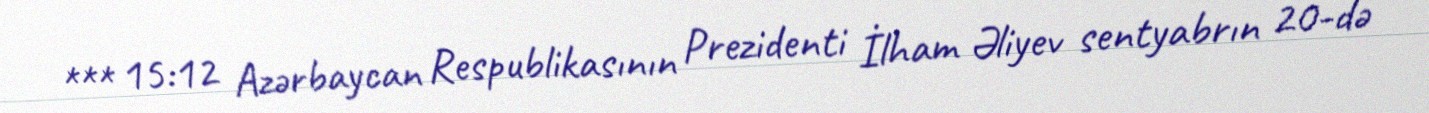
*** 15:12 Azərbaycan Respublikasının Prezidenti İlham Əliyev sentyabrın 20-də